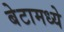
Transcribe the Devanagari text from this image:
बेटामध्ये